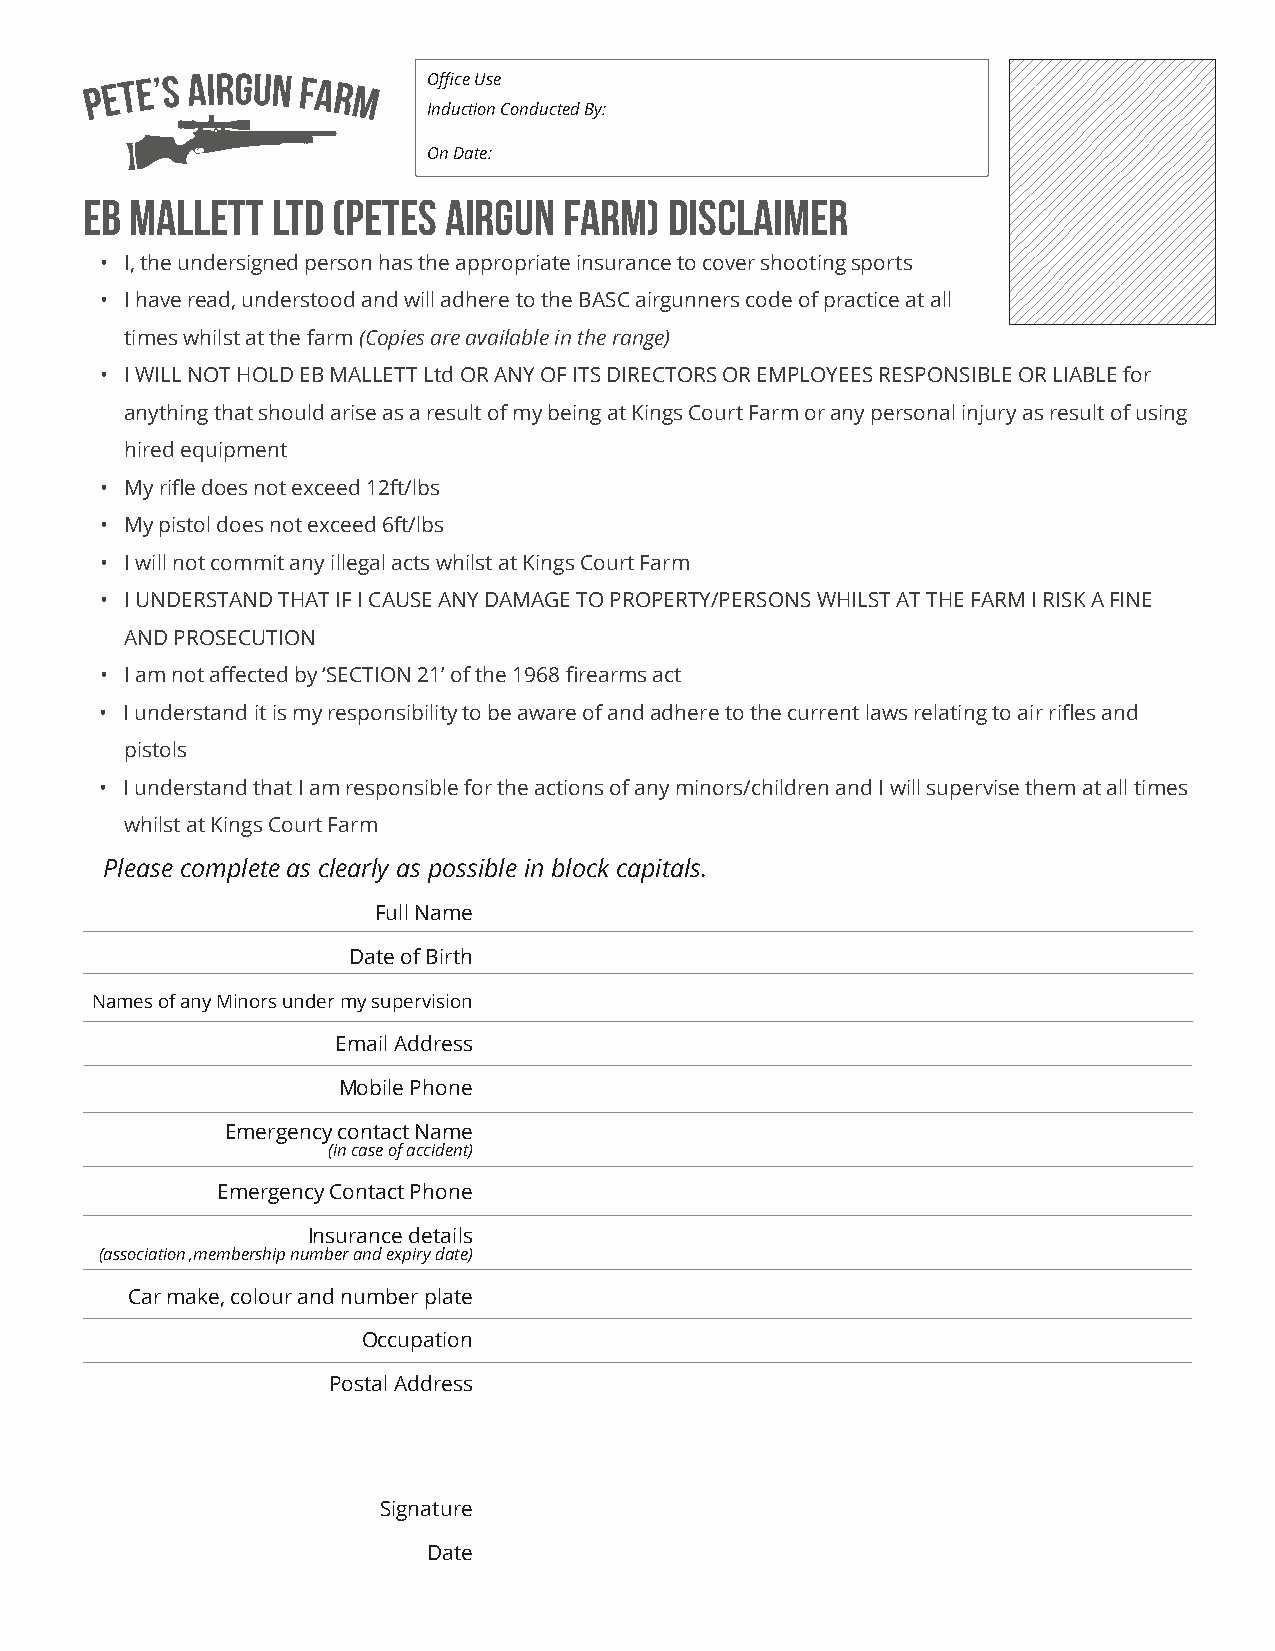
Office Use
 Induction Conducted By:
 On Date:
 EB  Mallett  ltd (Petes Airgun  Farm)  DISCLAIMER
 • I, the undersigned person has the appropriate insurance to cover shooting sports
 • I have read, understood and will adhere to the BASC airgunners code of practice at all
 times whilst at the farm (Copies are available in the range)
 • I WILL NOT HOLD EB MALLETT Ltd OR ANY OF ITS DIRECTORS OR EMPLOYEES RESPONSIBLE OR LIABLE for
 anything that should arise as a result of my being at Kings Court Farm or any personal injury as result of using
 hired equipment
 • My rifle does not exceed 12ft/lbs
 • My pistol does not exceed 6ft/lbs
 • I will not commit any illegal acts whilst at Kings Court Farm
 • I UNDERSTAND THAT IF I CAUSE ANY DAMAGE TO PROPERTY/PERSONS WHILST AT THE FARM I RISK A FINE
 AND PROSECUTION
 • I am not affected by ‘SECTION 21’ of the 1968 firearms act
 • I understand it is my responsibility to be aware of and adhere to the current laws relating to air rifles and
 pistols
 • I understand that I am responsible for the actions of any minors/children and I will supervise them at all times
 whilst at Kings Court Farm
 Please complete as clearly as possible in block capitals.
 Full Name
 Date of Birth
 Names of any Minors under my supervision
 Email Address
 Mobile Phone
 Emergency contact Name
 (in case of accident)
 Emergency Contact Phone
 Insurance details
 (association ,membership number and expiry date)
 Car make, colour and number plate
 Occupation
 Postal Address
 Signature
 Date